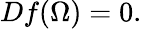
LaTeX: Df(\Omega)=0.